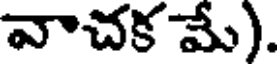
వాచక మే).